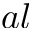
a l